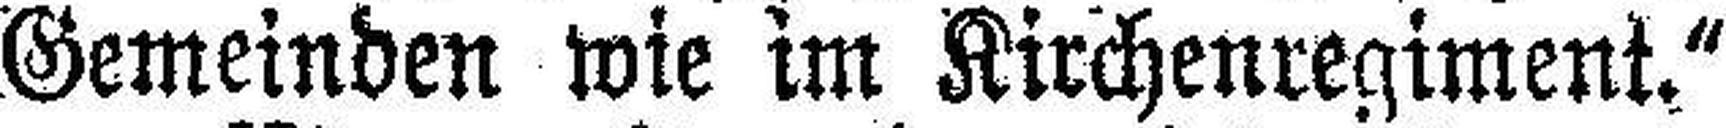
Gemeinden wie im Kirchenregiment.“